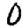
Digit: 0